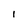
Character: I